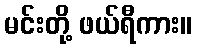
မင်းတို့ ဖယ်ရီကား။